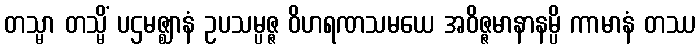
တသ္မာ တသ္မိံ ပဌမဇ္ဈာနံ ဥပသမ္ပဇ္ဇ ဝိဟရဏသမယေ အဝိဇ္ဇမာနာနမ္ပိ ကာမာနံ တဿ